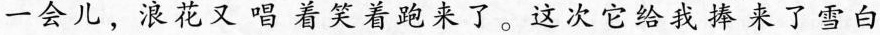
一会儿，浪花又唱着笑着跑来了。这次它给我捧来了雪白